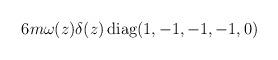
LaTeX: \begin{align*}6 m\omega (z) \delta (z)\,{\rm diag} (1,-1,-1,-1,0)\end{align*}